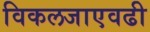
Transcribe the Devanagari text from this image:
विकलजाएवढी